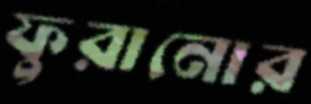
ফুরানোর